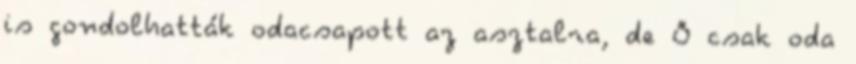
is gondolhatták odacsapott az asztalra, de Ő csak oda